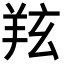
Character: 𦍫